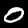
Label: 0